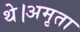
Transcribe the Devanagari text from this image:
थे।अमृता